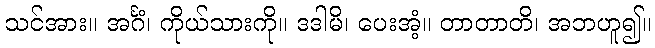
သင်အား။ အင်္ဂံ၊ ကိုယ်သားကို။ ဒဒါမိ၊ ပေးအံ့။ တာတာတိ၊ အဘဟူ၍။